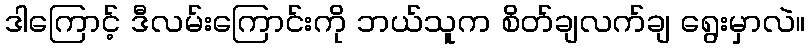
ဒါကြောင့် ဒီလမ်းကြောင်းကို ဘယ်သူက စိတ်ချလက်ချ ရွေးမှာလဲ။